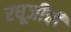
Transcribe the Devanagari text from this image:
रघूजीची